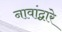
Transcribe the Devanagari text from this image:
नावांद्वारे